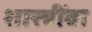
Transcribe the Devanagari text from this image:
शास्त्रींवा